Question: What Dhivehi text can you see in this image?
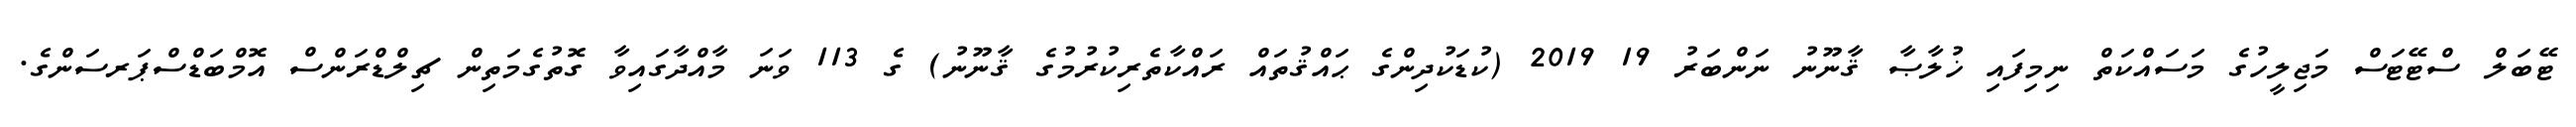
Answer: ޓޭބަލް ސްޓޭޓަސް މަޖިލީހުގެ މަސައްކަތް ނިމިފައި ޚުލާޞާ ޤާނޫނު ނަންބަރު 19 2019 (ކުޑަކުދިންގެ ޙައްޤުތައް ރައްކާތެރިކުރުމުގެ ޤާނޫނު) ގެ 113 ވަނަ މާއްދާގައިވާ ގޮތުގެމަތިން ޗިލްޑްރަންސް އޮމްބަޑްސްޕަރސަންގެ.